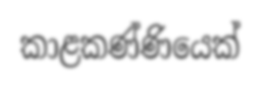
කාළකණ්ණියෙක්